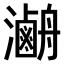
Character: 𤃯